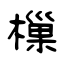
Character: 樔